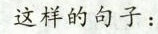
这样的句子：